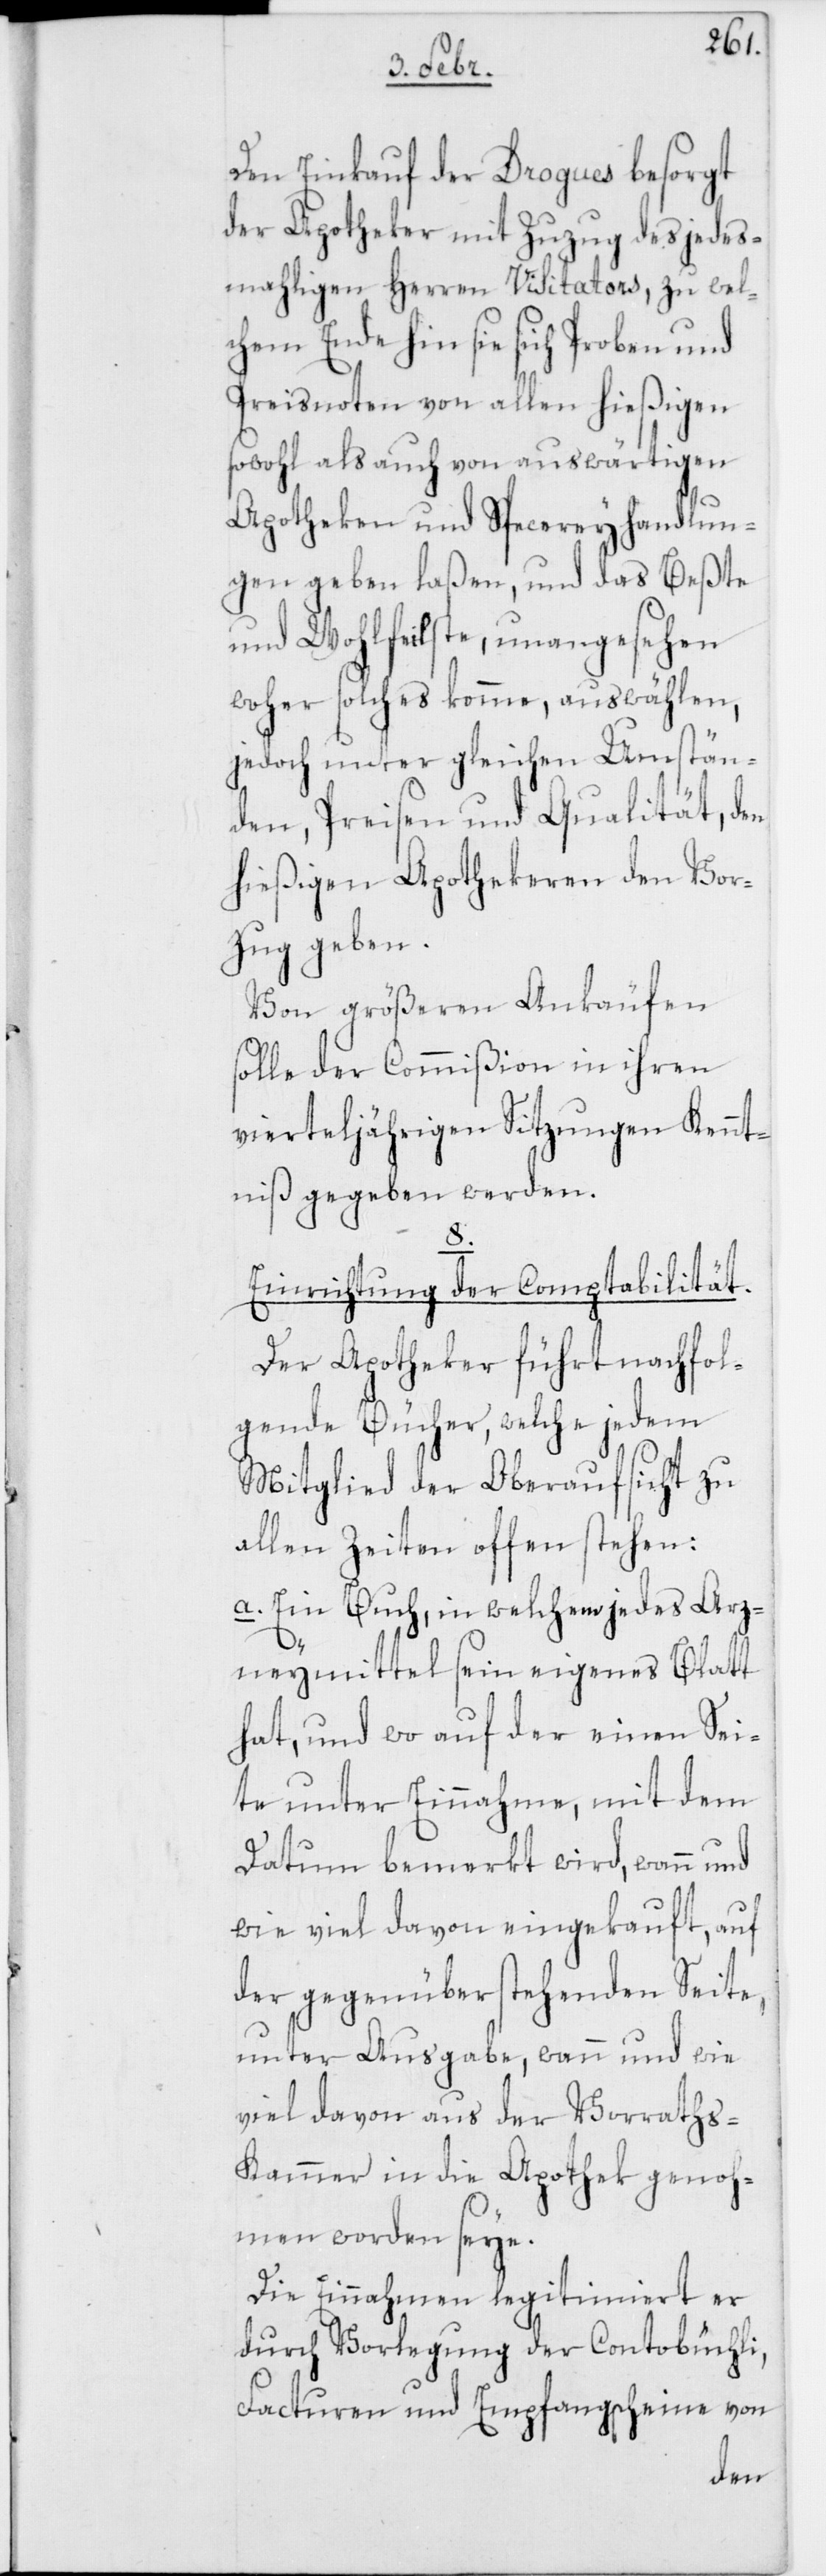
Den Einkauf der Drogues besorgt
der Apotheker mit Zuzug des jedes¬
mahligen Herren Visitators, zu wel¬
chem Ende hin sie sich Proben und
Preisnoten von allen hießigen
sowohl als auch von auswärtigen
Apotheken und Specereyhandlun¬
gen geben laßen, und das Beßte
und Wohlfeilste, unangesehen
woher solches komme, auswählen,
jedoch unter gleichen Umstän¬
den, Preisen und Qualität, den
hießigen Apothekeren den Vor¬
zug geben.
Von größeren Ankäufen
solle der Commißion in ihren
vierteljährigen Sitzungen Kennt¬
niß gegeben werden.
8.
Einrichtung der Comptabilität.
Der Apotheker führt nachfol¬
gende Bücher, welche jedem
Mitglied der Oberaufsicht zu
allen Zeiten offen stehen:
a. Ein Buch, in welchem jedes Arz¬
neymittel seyn eigenes Blatt
hat, und wo er auf der einen Sei¬
te unter Einnahme, mit dem
Datum bemerkt wird, wann und
wie viel davon eingekauft, auf
der gegenüber stehenden Seite,
unter Ausgabe, wann und wie
viel davon aus der Vorrath¬
s-Kammer in die Apothek genoh¬
men worden seye.
Die Einnahmen legitimiert er
durch Vorlegung der Contobüchli,
Facturen und Empfangscheine von